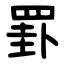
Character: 罫